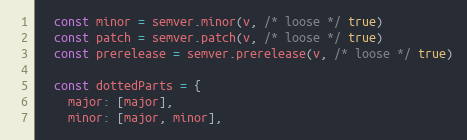
Language: JavaScript
  const minor = semver.minor(v, /* loose */ true)
  const patch = semver.patch(v, /* loose */ true)
  const prerelease = semver.prerelease(v, /* loose */ true)

  const dottedParts = {
    major: [major],
    minor: [major, minor],